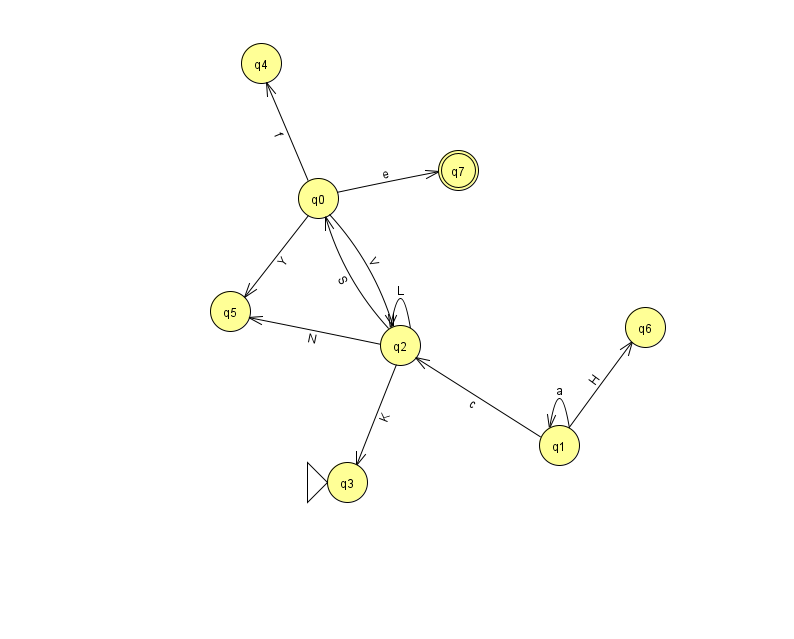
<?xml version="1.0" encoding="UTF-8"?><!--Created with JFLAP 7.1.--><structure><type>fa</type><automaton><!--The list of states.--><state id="0" name="q0"><x>318.0</x><y>185.0</y></state><state id="1" name="q1"><x>559.0</x><y>432.0</y></state><state id="2" name="q2"><x>400.0</x><y>332.0</y></state><state id="3" name="q3"><x>347.0</x><y>469.0</y><initial/></state><state id="4" name="q4"><x>261.0</x><y>50.0</y></state><state id="5" name="q5"><x>230.0</x><y>298.0</y></state><state id="6" name="q6"><x>645.0</x><y>314.0</y></state><state id="7" name="q7"><x>458.0</x><y>157.0</y><final/></state><!--The list of transitions.--><transition><from>0</from><to>2</to><read>V</read></transition><transition><from>2</from><to>5</to><read>N</read></transition><transition><from>0</from><to>5</to><read>Y</read></transition><transition><from>1</from><to>1</to><read>a</read></transition><transition><from>2</from><to>0</to><read>S</read></transition><transition><from>0</from><to>7</to><read>e</read></transition><transition><from>2</from><to>2</to><read>L</read></transition><transition><from>1</from><to>6</to><read>H</read></transition><transition><from>2</from><to>3</to><read>K</read></transition><transition><from>0</from><to>4</to><read>f</read></transition><transition><from>1</from><to>2</to><read>c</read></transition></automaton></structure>